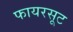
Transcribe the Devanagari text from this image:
फायरसूट